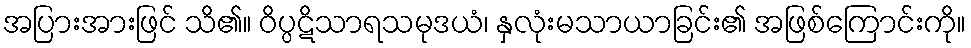
အပြားအားဖြင် သိ၏။ ဝိပ္ပဋိသာရသမုဒယံ၊ နှလုံးမသာယာခြင်း၏ အဖြစ်ကြောင်းကို။